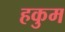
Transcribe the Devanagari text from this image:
हकुम